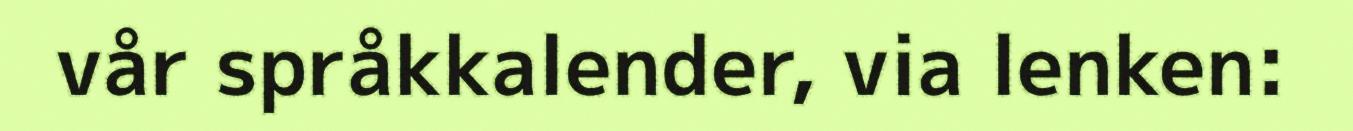
vår språkkalender, via lenken: